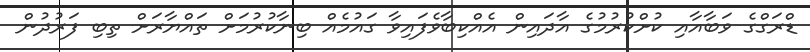
ޑްރަގްގެ ވަބާއާއި ކުށްކުރުމުގެ އާދައިން އެއްކިބާވެފައިވާ ގައުމެއް ބިނާކުރުމަށް ތައްޔާރަށް ތިބި ފަރުދުން